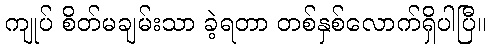
ကျုပ် စိတ်မချမ်းသာ ခဲ့ရတာ တစ်နှစ်လောက်ရှိပါပြီ။